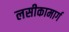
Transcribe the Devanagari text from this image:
लसीकामार्ग